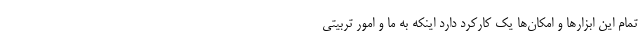
تمام این ابزارها و امکان‌ها یک کارکرد دارد اینکه به ما و امور تربیتی